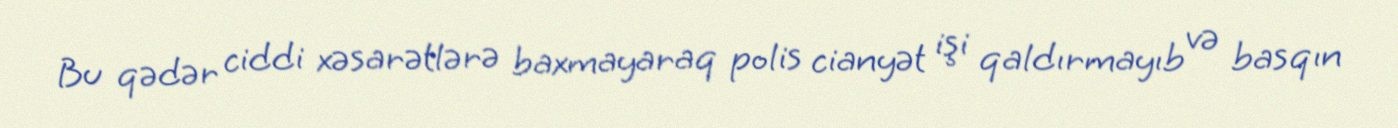
Bu qədər ciddi xəsarətlərə baxmayaraq polis cianyət işi qaldırmayıb və basqın